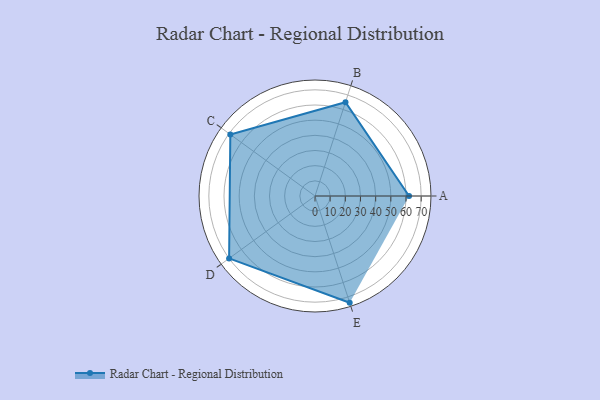
{"axis": {"x": "Skill", "y": "Score"}, "legend": ["Profile"], "data": [{"x": "A", "y": 62.0, "type": "Profile"}, {"x": "B", "y": 65.0, "type": "Profile"}, {"x": "C", "y": 69.0, "type": "Profile"}, {"x": "D", "y": 70.0, "type": "Profile"}, {"x": "E", "y": 74.0, "type": "Profile"}]}